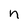
Character: n